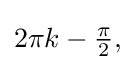
{\textstyle 2\pi k-{\frac {\pi }{2}},}